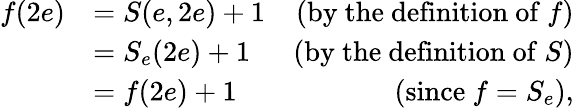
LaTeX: \begin{array}{rlr}{f(2e)}&{=S(e,2e)+1}&{\mathrm{(by~the~definition~of~}f\mathrm{)}}\\ &{=S_{e}(2e)+1}&{\mathrm{(by~the~definition~of~}S\mathrm{)}}\\ &{=f(2e)+1}&{\mathrm{(since~}f=S_{e}\mathrm{),}}\end{array}